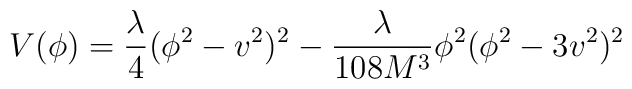
V(\phi)=\frac{\lambda}{4}(\phi^2-v^2)^2-\frac{\lambda}{108 M^3}\phi^2(\phi^2-3v^2)^2